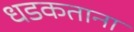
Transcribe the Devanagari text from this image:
धडकताना